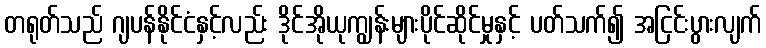
တရုတ်သည် ဂျပန်နိုင်ငံနှင့်လည်း ဒိုင်အိုယုကျွန်းများပိုင်ဆိုင်မှုနှင့် ပတ်သက်၍ အငြင်းပွားလျက်